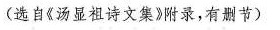
(选自《汤显祖诗文集》附录，有删节)